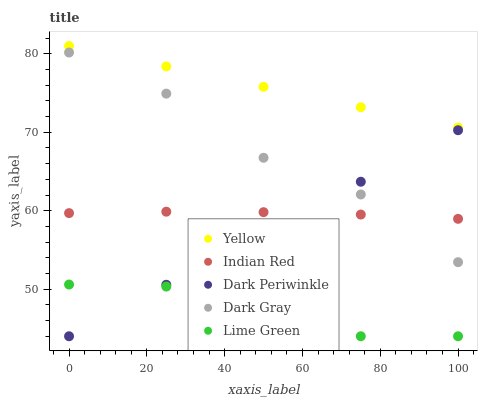
| xaxis_label | Yellow | Indian Red | Dark Periwinkle | Dark Gray | Lime Green |
 | --- | --- | --- | --- | --- | --- |
 | 0 | 81 | 59.7 | 44 | 80.2 | 50.6 |
 | 25 | 78.4 | 59.9 | 50.6 | 74.9 | 50.3 |
 | 50 | 75.8 | 59.8 | 57.1 | 66.8 | 47.6 |
 | 75 | 73.2 | 59.5 | 63.7 | 62.1 | 44 |
 | 100 | 70.6 | 59 | 70.3 | 53.4 | 44 |